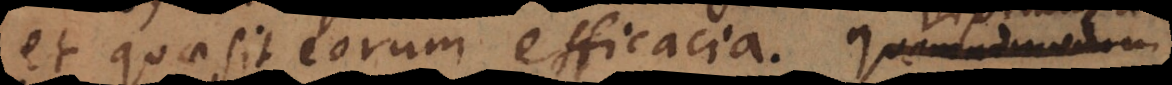
et quae sit eorum efficacia. Diximus